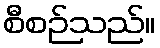
စီစဉ်သည်။